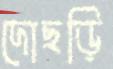
দোছড়ি